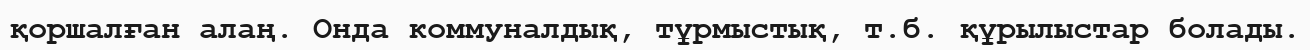
қоршалған алаң. Онда коммуналдық, тұрмыстық, т.б. құрылыстар болады.